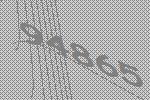
94865